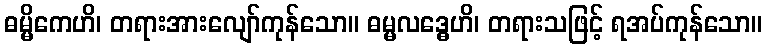
ဓမ္မိကေဟိ၊ တရားအားလျော်ကုန်သော။ ဓမ္မလဒ္ဓေဟိ၊ တရားသဖြင့် ရအပ်ကုန်သော။